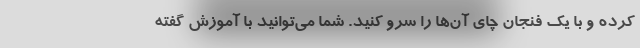
کرده و با یک فنجان چای آن‌ها را سرو کنید. شما می‌توانید با آموزش گفته